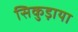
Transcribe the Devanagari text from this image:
सिकुड़ाया